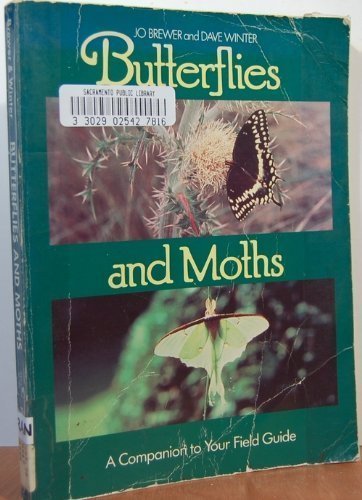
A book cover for Butterflies and Moths: A Companion to Your Field Guide (Phalarope Books); Jo Brewer; Sports & Outdoors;